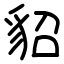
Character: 貂